Theory and practice of anti-rabic immunisation - Number 30
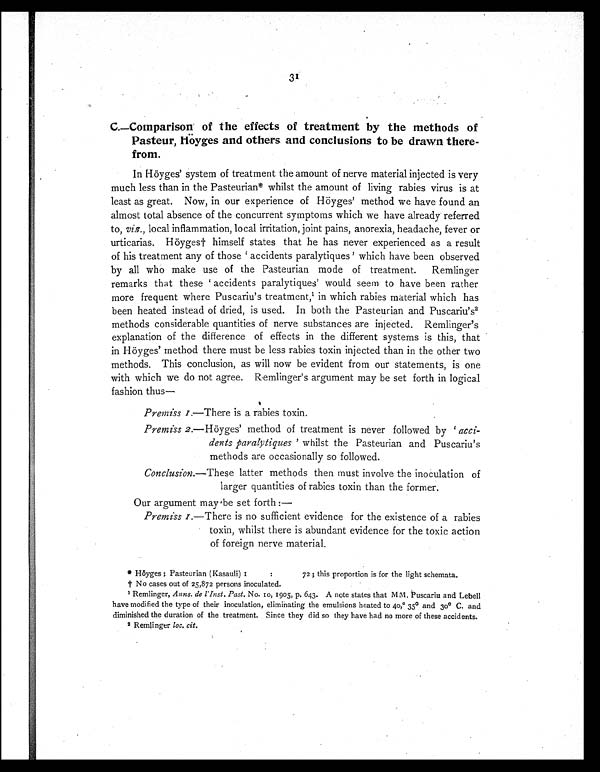
31
C.—Comparison of the effects of treatment by the methods of
Pasteur, Höyges and others and conclusions to be drawn there
-from.
In Höyges' system of treatment the amount of nerve material injected is very
much less than in the Pasteurian* whilst the amount of living rabies virus is at
least as great. Now, in our experience of Höyges' method we have found an
almost total absence of the concurrent symptoms which we have already referred
to, viz., local inflammation, local irritation, joint pains, anorexia, headache, fever or
urticarias. Höyges† himself states that he has never experienced as a result
of his treatment any of those 'accidents paralytiques' which have been observed
by all who make use of the Pasteurian mode of treatment. Remlinger
remarks that these 'accidents paralytiques' would seem to have been rather
more frequent where Puscariu's treatment,1in which rabies material which has
been heated instead of dried, is used. In both the Pasteurian and Puscariu's 2
methods considerable quantities of nerve substances are injected. Remlinger's
explanation of the difference of effects in the different systems is this, that
in Höyges' method there must be less rabies toxin injected than in the other two
methods. This conclusion, as will now be evident from our statements, is one
with which we do not agree. Remlinger's argument may be set forth in logical
fashion thus—
Premiss 1.—There is a rabies toxin.
Premiss 2.—Höyges' method of treatment is never followed by 'acci-
dents paralytiques' whilst the Pasteurian and Puscariu's
methods are occasionally so followed.
Conclusion.—These latter methods then must involve the inoculation of
larger quantities of rabies toxin than the former.
Our argument may be set forth:—
Premiss 1.—There is no sufficient evidence for the existence of a rabies
toxin, whilst there is abundant evidence for the toxic action
of foreign nerve material.
* Höyges ; Pasteurian (Kasauli) 1 : 72 ; this proportion is for the light schemata.
† No cases out of 25,872 persons inoculated.
1 Remlinger, Anns. de l' Inst. Past.No. 10, 1905, p. 643. A note states that MM. Puscariu and Lebell
have modified the type of their inoculation, eliminating the emulsions heated to 40,º 35° and 30° C. and
diminished the duration of the treatment. Since they did so they have had no more of these accidents.
2 Remlinger loc. cit.